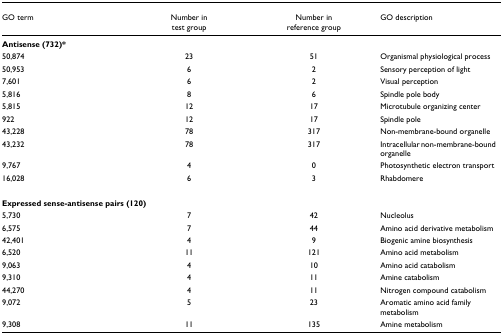
<table><thead><tr><td><b>GO term</b></td><td><b>Number intest group</b></td><td><b>Number inreference group</b></td><td><b>GO description</b></td></tr></thead><tbody><tr><td colspan="4"><b>Antisense (732)*</b></td></tr><tr><td>50,874</td><td>23</td><td>51</td><td>Organismal physiological process</td></tr><tr><td>50,953</td><td>6</td><td>2</td><td>Sensory perception of light</td></tr><tr><td>7,601</td><td>6</td><td>2</td><td>Visual perception</td></tr><tr><td>5,816</td><td>8</td><td>6</td><td>Spindle pole body</td></tr><tr><td>5,815</td><td>12</td><td>17</td><td>Microtubule organizing center</td></tr><tr><td>922</td><td>12</td><td>17</td><td>Spindle pole</td></tr><tr><td>43,228</td><td>78</td><td>317</td><td>Non-membrane-bound organelle</td></tr><tr><td>43,232</td><td>78</td><td>317</td><td>Intracellular non-membrane-bound organelle</td></tr><tr><td>9,767</td><td>4</td><td>0</td><td>Photosynthetic electron transport</td></tr><tr><td>16,028</td><td>6</td><td>3</td><td>Rhabdomere</td></tr><tr><td colspan="4"><b>Expressed sense-antisense pairs (120)</b></td></tr><tr><td>5,730</td><td>7</td><td>42</td><td>Nucleolus</td></tr><tr><td>6,575</td><td>7</td><td>44</td><td>Amino acid derivative metabolism</td></tr><tr><td>42,401</td><td>4</td><td>9</td><td>Biogenic amine biosynthesis</td></tr><tr><td>6,520</td><td>11</td><td>121</td><td>Amino acid metabolism</td></tr><tr><td>9,063</td><td>4</td><td>10</td><td>Amino acid catabolism</td></tr><tr><td>9,310</td><td>4</td><td>11</td><td>Amine catabolism</td></tr><tr><td>44,270</td><td>4</td><td>11</td><td>Nitrogen compound catabolism</td></tr><tr><td>9,072</td><td>5</td><td>23</td><td>Aromatic amino acid family metabolism</td></tr><tr><td>9,308</td><td>11</td><td>135</td><td>Amine metabolism</td></tr></tbody></table>